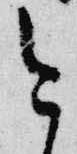
今